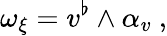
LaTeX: \omega_{\xi}=v^{\flat}\wedge\alpha_{v}\ ,